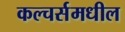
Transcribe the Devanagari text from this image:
कल्चर्समधील